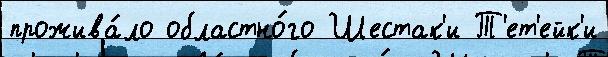
прожива́ло областно́го Шестак'и Т'ет'ейк'и